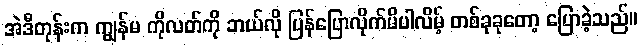
အဲဒီတုန်းက ကျွန်မ ကိုလတ်ကို ဘယ်လို ပြန်ပြောလိုက်မိပါလိမ့် တစ်ခုခုတော့ ပြောခဲ့သည်။